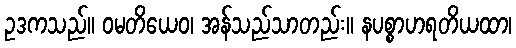
ဥဒကသည်။ ဝမတိယေဝ၊ အန်သည်သာတည်း။ နပစ္စာဟရတိယထာ၊